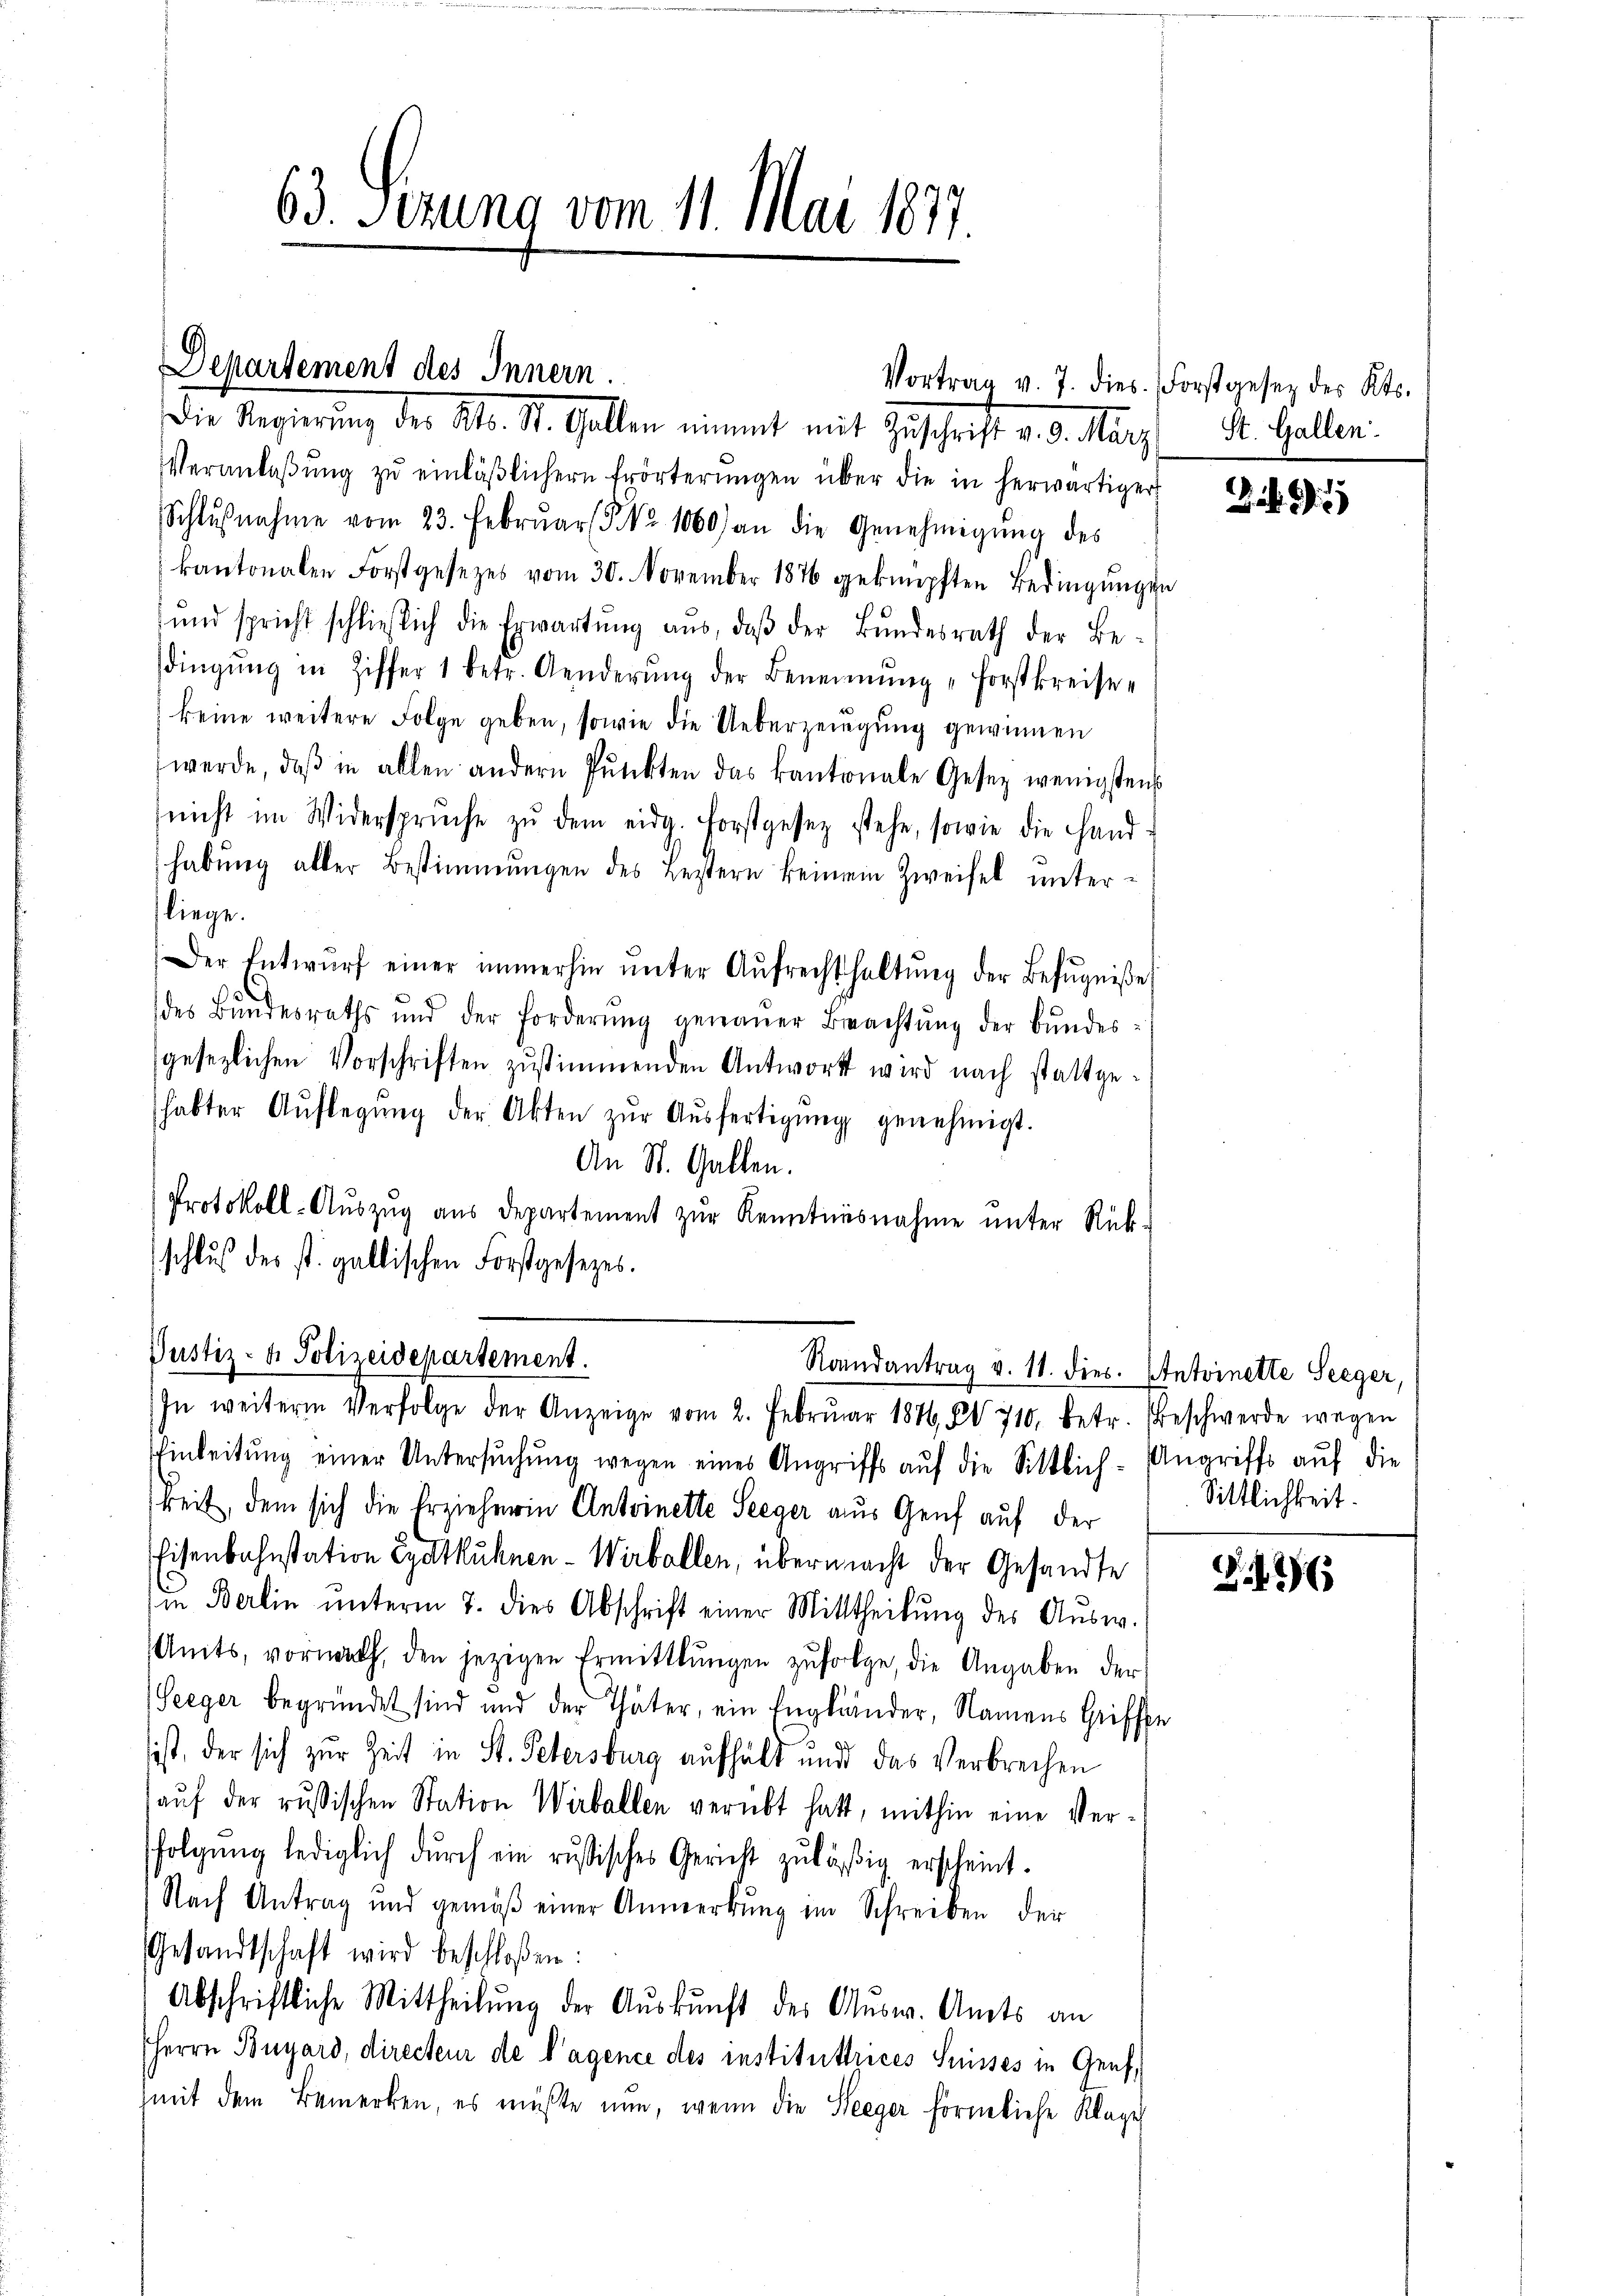
63. Verung vom 11. Mai 1877.

Departement des Innern.
Vortrag v. J. dies. Forstgesez des Kts.
Die Regierung der Al. St. Gallen nimmt mit Zuschrift d. d. May

Veranlaβŭng zŭ einläβlichern Erörterŭngen über die in herwärtiger
Schlŭβnahme vom 23. Febrŭar (§ No 1060) an die Genehmigŭng des
kantonalen Forstgesezes vom 30. November 1876 geknüpften Bedingungen
ŭnd spricht schließlich die Erwartŭng aŭs, daβ der Bŭndesrath der Be-
dingŭng in Ziffer 1 betr. Aenderŭng der Beneinŭng „Forstkreise
keine weitere Folge geben, sowie die Ueberzeigung gewinnen
werde, daß in allen andern Punckten das kantonale Gesetz wenigstens
nicht im Widersprŭche zŭ dem eidg. Forstgesetz stehe, sowie die Hand-
habŭng aller Bestimmungen des Leztern keinem Zweifel unterliege.
Der Entwŭrf einer immerhin ŭnter Aŭfrechthaltŭng der Befugniße
des Bŭndesraths und der Forderŭng genaŭer Beachtŭng der Bŭndes-
gesezlichen Vorschriften zŭstimmenden Antwort wird nach stattge-
habter Aŭflegŭng der Akten zŭr Aŭsfertigŭng genehmigt.
An St. Gallen.
Protokoll-Aŭszŭg aŭs Departement zŭr Kenntnisnahme ŭnter Rück-
schluß des st. gallischen Forstgesetzes.

Justiz- & Polizeidepartement.
Randantrag v. 11. dies. Antoinette Seeger,
In weitere Verfolge der Anzeige vom 2. Febrŭar 1876, § 710, betr. Beschwerde wegen

Einleitŭng einer Untersŭchŭng wegen eines Angriffs aŭf die Sittlich-Angriffe auf die
keit, dem sich die Erzieherin Antoinette Seeger aus Genf auf der
Eisenbahnstation Eydtkühnen-Wirbellen, übermacht der Gesandte
in Berlin ŭnterm 7. dies Abschrift einer Mittheilŭng des Aŭsw.
Amts, vornach, den jezigen Ermittlungen zŭfolge, die Angaben der
Seeger begründet sind und der Thäter, ein Engländer, Namens Griffe
sist, der sich zur Zeit in St. Petersburg aufhält und das Verbrechen
aŭf der russischen Station Wirballen verübt hatt, mithin eine Verfolgŭng lediglich dŭrch ein russisches Gericht zuläßig erscheint.
Nach Antrag und gemäβ einer Anmerkŭng im Schreiben der
Gesandtschaft wird beschloßen:
Abschriftliche Mittheilŭng der Aŭskŭnft des Aŭsw. Amts an
Herrn Buyard, directeur de l’agence des instituttrices Suisses in Genf,
mit dem Bemerken, es müßte nun, wenn die Steeger förmliche Klage

St. Gallen.

)

Sittlichkeit.

G. 36